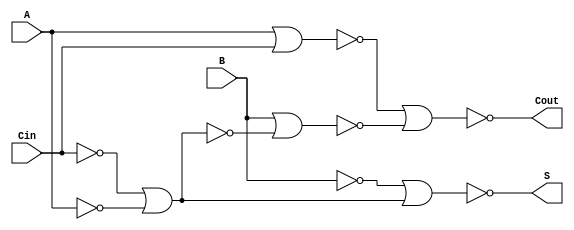
module FA(A, B, Cin, S, Cout);

input A, B, Cin;
output S, Cout;

wire n1, n2, n3, n4, n5, n6, n7;

nor gn1(n1, A, Cin);
nor gn2(n2, Cin, Cin);
nor gn3(n3, A, A);
nor gn4(n4, n2, n3);
nor gn5(n5, B, n4);
nor gn6(n6, B, B);
nor gn7(n7, n4, n4);
nor gn8(S, n6, n7);
nor gn9(Cout, n1, n5);

endmodule